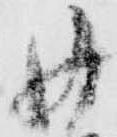
丹